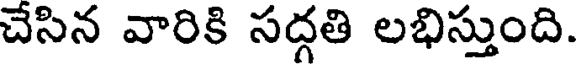
చేసిన వారికి సద్గతి లభిస్తుంది.